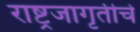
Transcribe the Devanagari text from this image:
राष्ट्रजागृतीचे